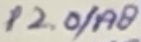
Text: P2.0/A8